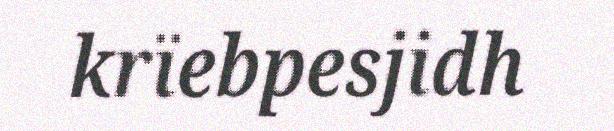
krïebpesjidh